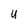
Character: u